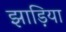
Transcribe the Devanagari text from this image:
झाड़िया